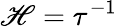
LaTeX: \mathscr{H}=\tau^{-1}